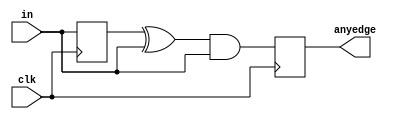
module top_module (
        input wire clk,
        input wire [7:0] in,
        output reg [7:0] anyedge
    );
        // Intermediate signal to keep the last state of in
        reg [7:0] in_last;

        // Update in_last with in at every rising edge of clk
        always @(posedge clk) begin
            in_last <= in;
        end

        // Detect a 0 to 1 transition in in and set the corresponding anyedge bit
        always @(posedge clk) begin
            anyedge <= (in_last ^ in) & in;  // anyedge bit is set if in changes from 0 to 1
        end
    endmodule